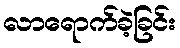
လာရောက်ခဲ့ခြင်း